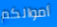
أموالكم